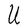
Character: U